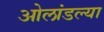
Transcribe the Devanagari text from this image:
ओलांडल्या